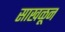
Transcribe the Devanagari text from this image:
साखळून